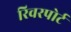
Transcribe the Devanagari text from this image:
रिवरपोर्ट